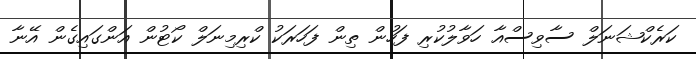
ކަރެކްޝަނަލް ސާވިސްއާ ހަވާލުކުރި ފަހުން ތިން ފަހަރަކު ކްރިމިނަލް ކޯޓުން އަންގައިގެން އޭނާ